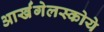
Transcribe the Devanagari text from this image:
आर्खंगेलस्कोये